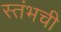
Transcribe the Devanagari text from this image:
स्तंभची